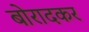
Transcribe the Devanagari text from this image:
बोरादकर